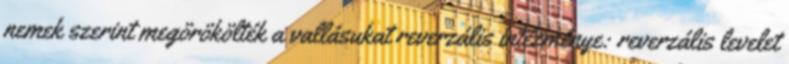
nemek szerint megörökölték a vallásukat reverzális intézménye: reverzális levelet